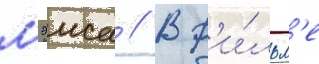
мэиса // В ф'и́льм'е